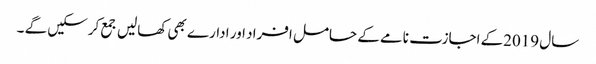
سال 2019کے اجازت نامے کے حامل افراد اور ادارے بھی کھالیں جمع کرسکیں گے ۔